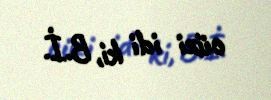
cüzi idi ki, B.İ.